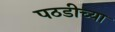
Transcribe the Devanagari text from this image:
पठडीच्या